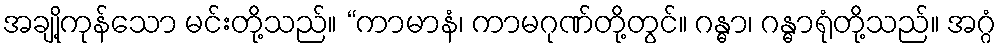
အချို့ကုန်သော မင်းတို့သည်။ “ကာမာနံ၊ ကာမဂုဏ်တို့တွင်။ ဂန္ဓာ၊ ဂန္ဓာရုံတို့သည်။ အဂ္ဂံ